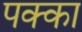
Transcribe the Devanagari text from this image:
पक्‍का